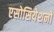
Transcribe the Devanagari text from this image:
एसोसियेशनों